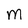
Character: M